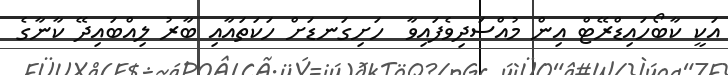
އަކީ ކާބޯހައިޑްރޭޓް އިން މުއްސަދިވެފައިވާ  ހަށިގަނޑަށް ހަކަތައާއި ބާރު ލިއްބައިދޭ ކާނާގެ